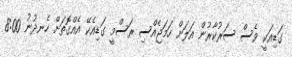
ގަޑިއަކީ ވެސް ސަރުކާރުން އަލަށް ހަމަޖެއްސި ރަސްމީ ގަޑިއެކޭ އެއްގޮތަށް ހެނދުނު 8:00